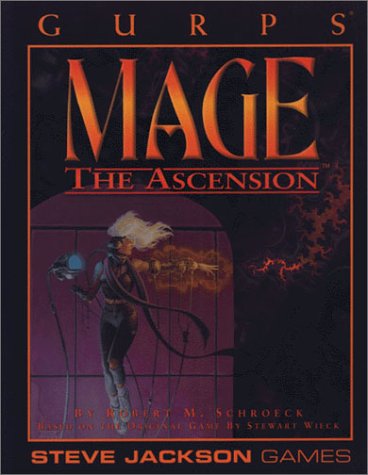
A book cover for GURPS Mage The Ascension *OP (GURPS: Generic Universal Role Playing System); Robert M. Schroeck; Science Fiction & Fantasy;